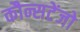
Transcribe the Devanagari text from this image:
कौन्सटेंजो